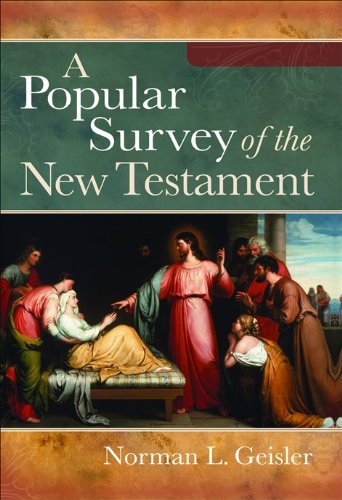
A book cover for A Popular Survey of the New Testament; Norman L. Geisler; Christian Books & Bibles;